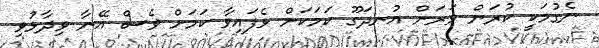
ނެގުމަކީ ކުރަން ވަރަށް އުނދަގޫ ކަމަކަށް ވެފައިވާ ކަމަށް ވެސް އޭނާ ވިދާޅުވި